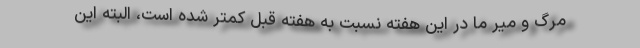
مرگ و میر ما در این هفته نسبت به هفته قبل کمتر شده است، البته این